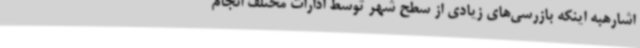
اشارهبه اینکه بازرسی‌های زیادی از سطح شهر توسط ادارات مختلف انجام